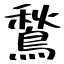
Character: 鶖